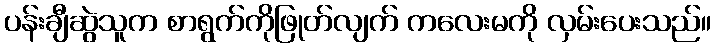
ပန်းချီဆွဲသူက စာရွက်ကိုဖြုတ်လျက် ကလေးမကို လှမ်းပေးသည်။